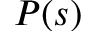
P ( s )